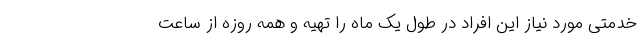
خدمتی مورد نیاز این افراد در طول یک ماه را تهیه و همه روزه از ساعت